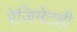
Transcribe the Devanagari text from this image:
रेजिमेंटही